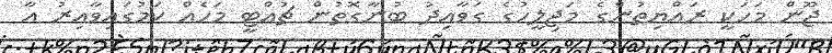
ޖޫން މަހަކީ ރައްޔިތުންގެ މަޖިލީހުގެ ގަވާއިދު ބުނާގޮތުން ޗުއްޓީ މަހެއް ކަމުގައިވާއިރު އާ